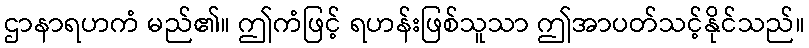
ဌာနာရဟကံ မည်၏။ ဤကံဖြင့် ရဟန်းဖြစ်သူသာ ဤအာပတ်သင့်နိုင်သည်။